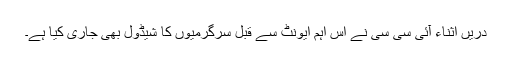
دریں اثناء آئی سی سی نے اس اہم ایونٹ سے قبل سرگرمیوں کا شیڈول بھی جاری کیا ہے۔